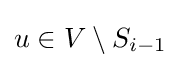
u\in V\setminus S_{i-1}